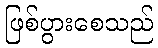
ဖြစ်ပွားစေသည်